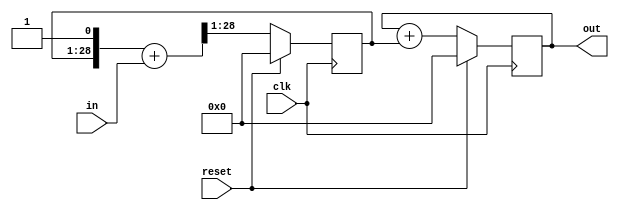
`timescale 1ns / 1ns

module double_inte_reset(clk,in,out,reset);
parameter dwi=16;  // data width in
parameter dwo=28;  // data width out n bits more the in, 2^n should be more than the cic factor^2 in sel case, 47^2=2209 adding 12 bit seems a little limited
	input clk;  // timespec 8.4 ns
	input reset;
	input signed [dwi-1:0] in;  // possibly muxed
	output signed [dwo-1:0] out;

reg signed [dwo-1:0] int1=0, int2=0;
reg ignore=0;
always @(posedge clk) begin
	if (reset) begin
		int1<=0;
		int2<=0;
	end
	else begin
		{int1,ignore} <= $signed({int1,1'b1}) +in;
		int2 <= int2 + int1;
	end
end
assign out = int2;

endmodule